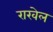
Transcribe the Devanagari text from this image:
राखेल